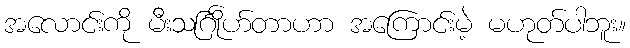
အလောင်းကို မီးသင်္ဂြိုဟ်တာဟာ အကြောင်းမဲ့ မဟုတ်ပါဘူး။